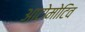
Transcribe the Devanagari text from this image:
आटोमोटिव